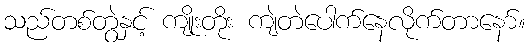
သည်တစ်တွဲနှင့် ကျိုးတိုး ကျဲတဲပေါက်နေလိုက်တာနော်။